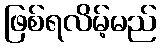
ဖြစ်ရလိမ့်မည်